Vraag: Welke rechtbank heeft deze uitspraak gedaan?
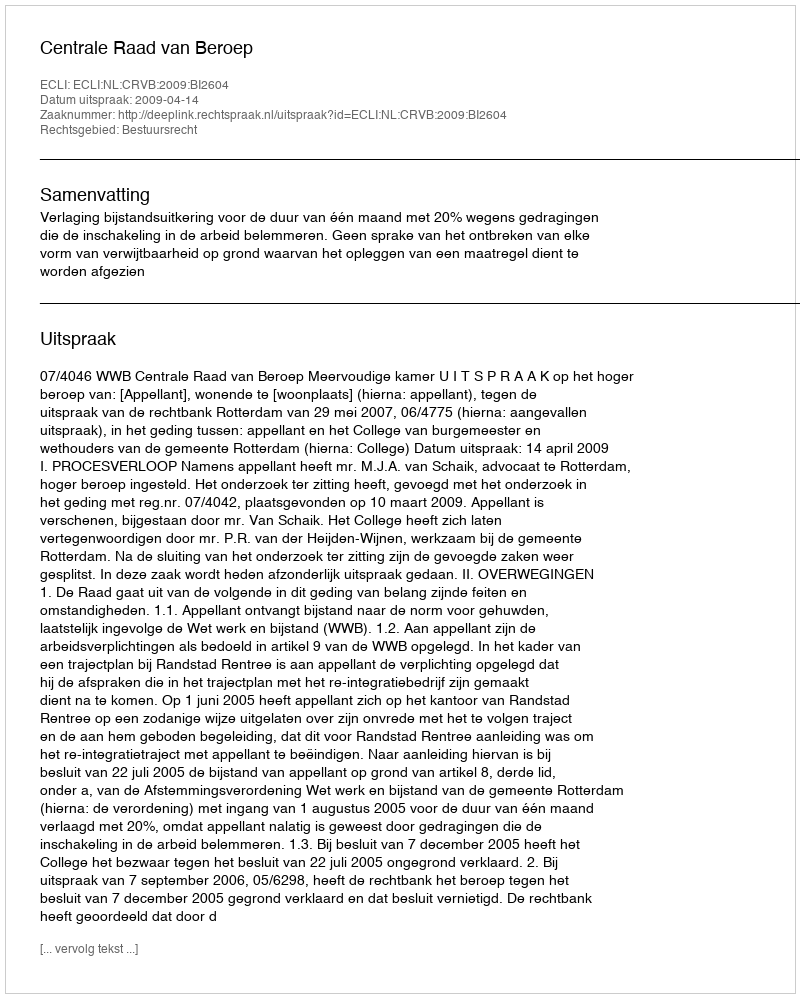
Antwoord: Centrale Raad van Beroep